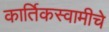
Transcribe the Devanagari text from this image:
कार्तिकस्वामीचे